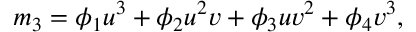
m _ { 3 } = \phi _ { 1 } u ^ { 3 } + \phi _ { 2 } u ^ { 2 } v + \phi _ { 3 } u v ^ { 2 } + \phi _ { 4 } v ^ { 3 } ,